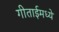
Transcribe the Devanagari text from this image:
गीताईमध्ये